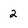
Character: 2